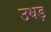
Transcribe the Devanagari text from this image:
उधड़